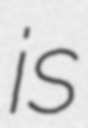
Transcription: is